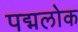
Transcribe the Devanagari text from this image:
पद्मलोक